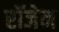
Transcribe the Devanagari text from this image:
रॉजेन